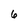
Character: 6